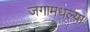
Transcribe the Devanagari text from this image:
जगामधल्या